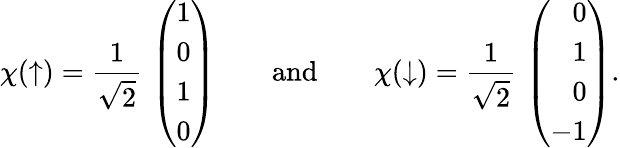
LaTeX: \chi(\uparrow)={\frac{1}{\sqrt{2}}}\, \left(\begin{array}{r}{{1}}\\ {{0}}\\ {{1}}\\ {{0}}\end{array}\right)\qquad\mathrm{and}\qquad\chi(\downarrow)={\frac{1}{\sqrt{2}}}\, \left(\begin{array}{r}{{0}}\\ {{1}}\\ {{0}}\\ {{-1}}\end{array}\right).